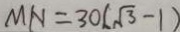
M N = 3 0 ( \sqrt { 3 } - 1 )